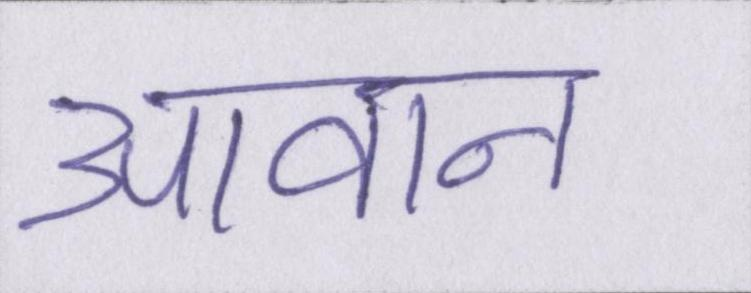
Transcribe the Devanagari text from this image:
आवान